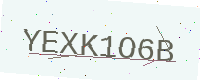
Text: YEXK1O6B